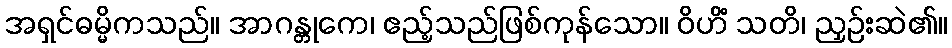
အရှင်ဓမ္မိကသည်။ အာဂန္တုကေ၊ ဧည့်သည်ဖြစ်ကုန်သော။ ဝိဟိံ သတိ၊ ညှဉ်းဆဲ၏။